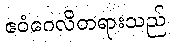
ဧဝံဂေလိတရားသည်